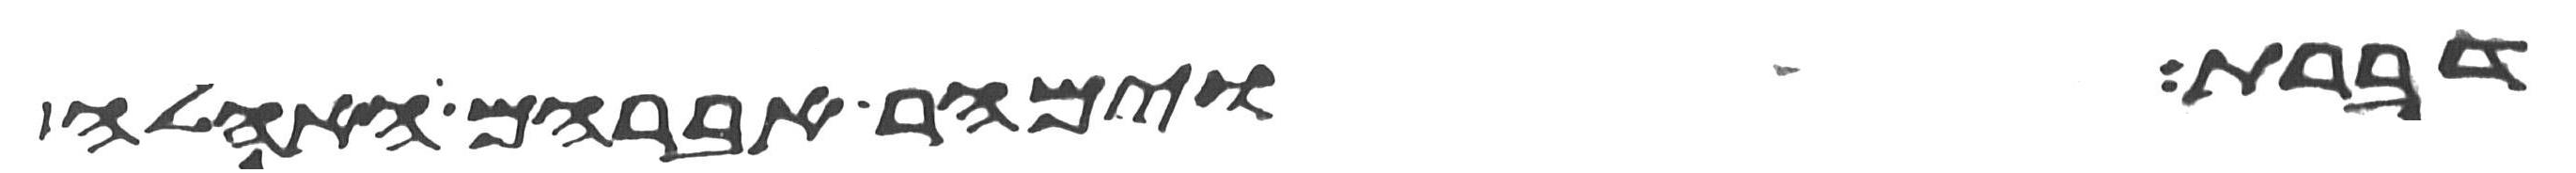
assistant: דברת וימהר אברהם האהלה